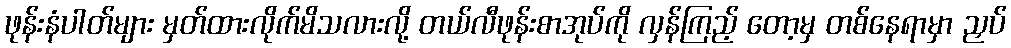
ဖုန်းနံပါတ်များ မှတ်ထားလိုက်မိသလားလို့ တယ်လီဖုန်းစာအုပ်ကို လှန်ကြည့် တော့မှ တစ်နေရာမှာ ညှပ်